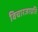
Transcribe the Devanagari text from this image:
विचारजाग्रति